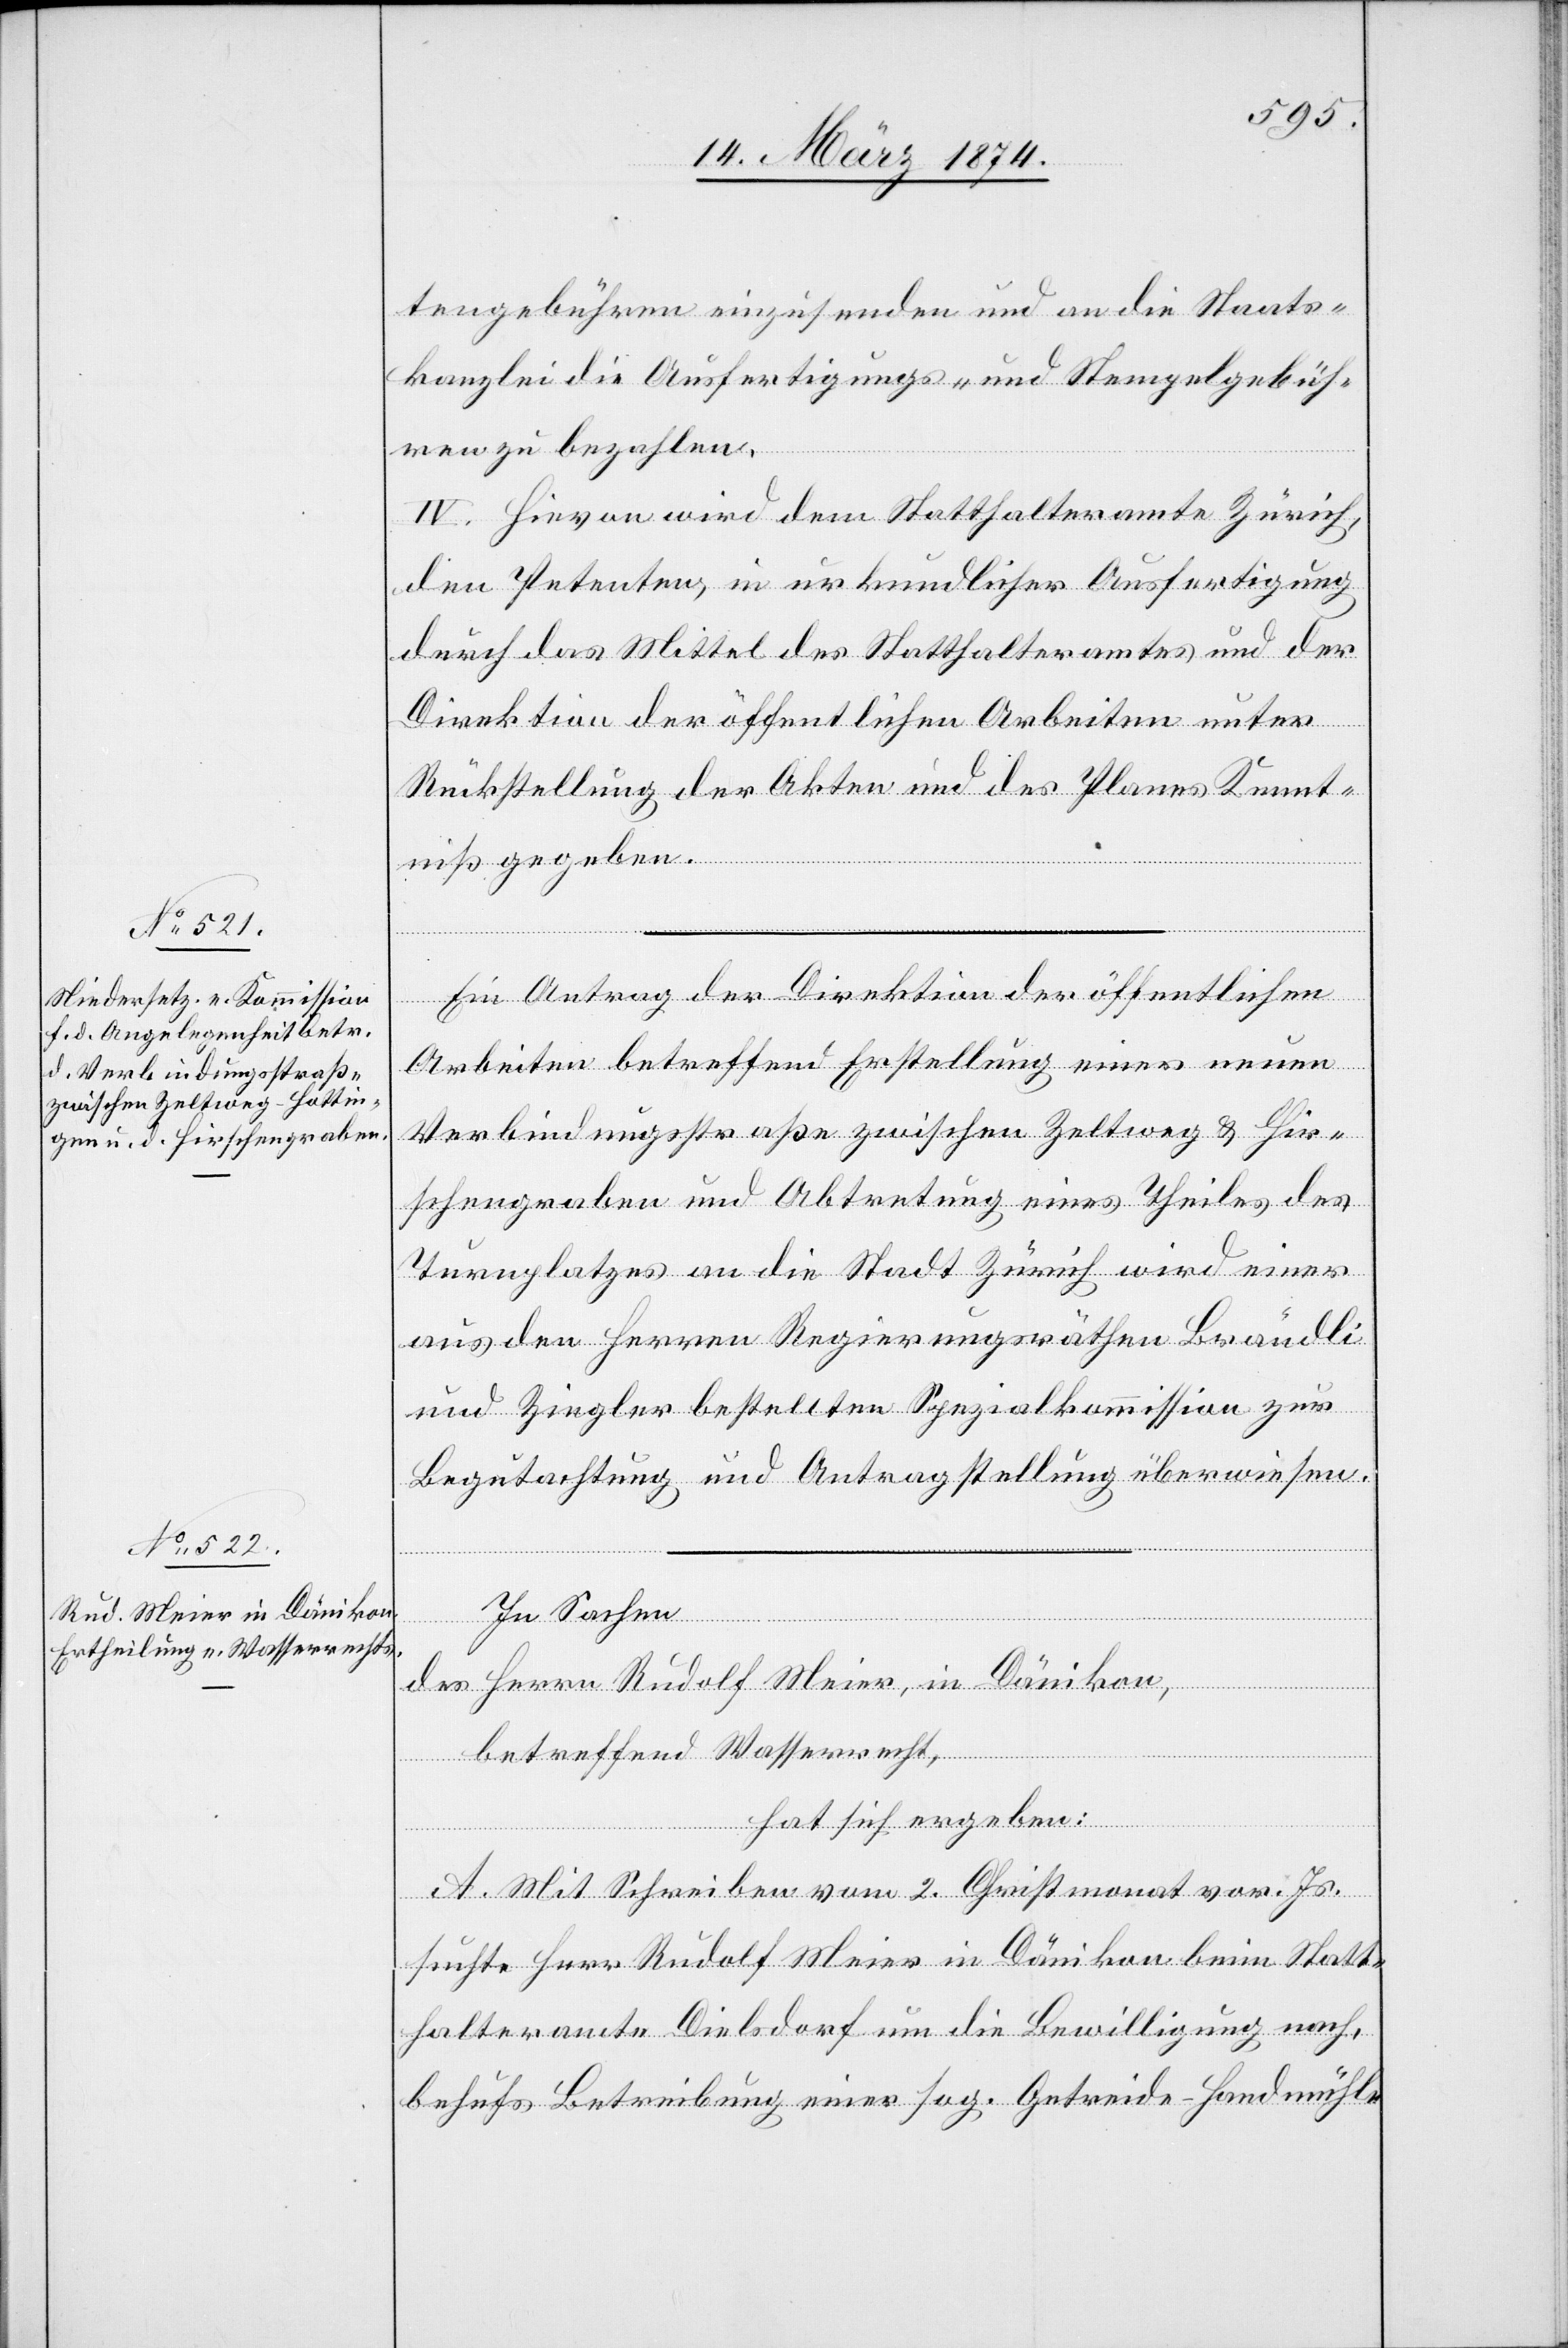
tengebühren einzusenden und an die Staats¬
kanzlei die Ausfertigungs- und Stempelgebüh¬
ren zu bezahlen.
IV. Hievon wird dem Statthalteramte Zürich,
den Petenten in urkundlicher Ausfertigung
durch das Mittel des Statthalteramtes und der
Direktion der öffentlichen Arbeiten unter
Rückstellung der Akten und des Planes Kennt¬
niß gegeben.
Ein Antrag der Direktion der öffentlichen
Arbeiten betreffend Erstellung einer neuen
Verbindungsstraße zwischen Zeltweg u. Hir¬
schengraben und Abtretung eines Theiles des
Turnplatzes an die Stadt Zürich wird einer
aus den Herren Regierungsräthen Brändli
und Ziegler bestellten Spezialkommission zur
Begutachtung und Antragstellung überweisen.
In Sachen
des Herrn Rudolf Meier, in Dänikon,
betreffend Wasserrecht,
hat sich ergeben:
A. Mit Schreiben vom 2. Christmonat vor. Js.
suchte Herr Rudolf Meier in Dänikon beim Statt¬
halteramte Dielsdorf um die Bewilligung nach,
behufs Betreibung einer sog. Getreide-Handmühle